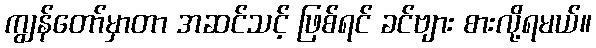
ကျွန်တော်မှာတာ အဆင်သင့် ဖြစ်ရင် ခင်ဗျား စားလို့ရမယ်။